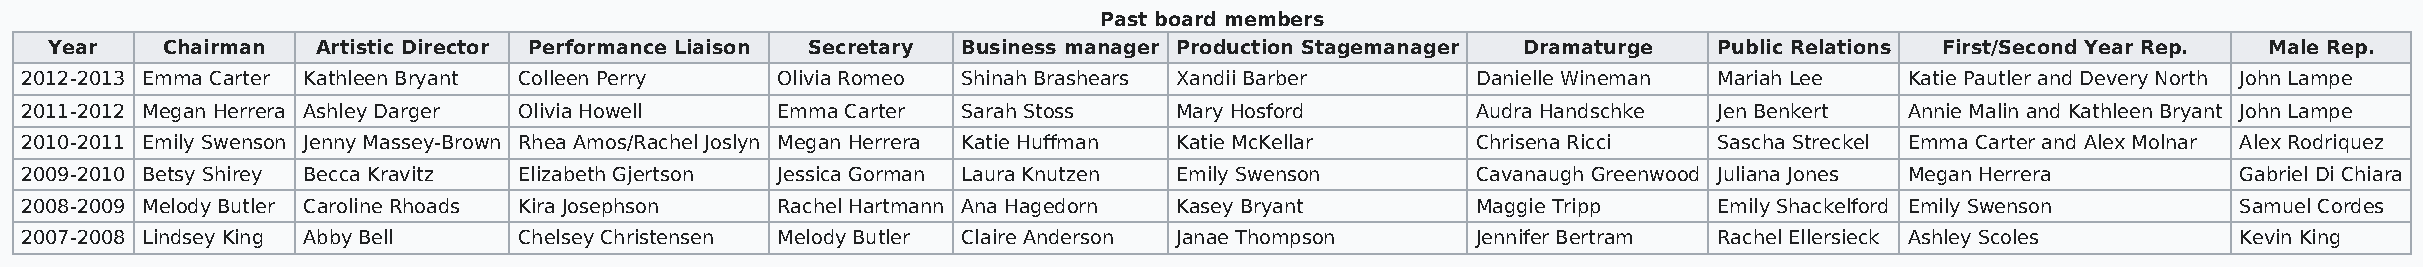
Past board members
 Year    Chairman  Artistic Director Performance Liaison Secretary Business manager Production Stagemanager Dramaturge Public Relations First/Second Year Rep. Male Rep.
 2012-2013 Emma Carter Kathleen Bryant Colleen Perry Olivia Romeo Shinah Brashears Xandii Barber  Danielle Wineman Mariah Lee Katie Pautler and Devery North John Lampe
 2011-2012 Megan Herrera Ashley Darger Olivia Howell Emma Carter Sarah Stoss  Mary Hosford        Audra Handschke Jen Benkert Annie Malin and Kathleen Bryant John Lampe
 2010-2011 Emily Swenson Jenny Massey-Brown Rhea Amos/Rachel Joslyn Megan Herrera Katie Huffman Katie McKellar Chrisena Ricci Sascha Streckel Emma Carter and Alex Molnar Alex Rodriquez
 2009-2010 Betsy Shirey Becca Kravitz Elizabeth Gjertson Jessica Gorman Laura Knutzen Emily Swenson Cavanaugh Greenwood Juliana Jones Megan Herrera Gabriel Di Chiara
 2008-2009 Melody Butler Caroline Rhoads Kira Josephson Rachel Hartmann Ana Hagedorn Kasey Bryant Maggie Tripp    Emily Shackelford Emily Swenson   Samuel Cordes
 2007-2008 Lindsey King Abby Bell Chelsey Christensen Melody Butler Claire Anderson Janae Thompson Jennifer Bertram Rachel Ellersieck Ashley Scoles Kevin King